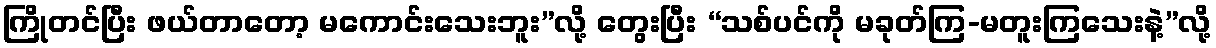
ကြိုတင်ပြီး ဖယ်တာတော့ မကောင်းသေးဘူး”လို့ တွေးပြီး “သစ်ပင်ကို မခုတ်ကြ-မတူးကြသေးနဲ့”လို့